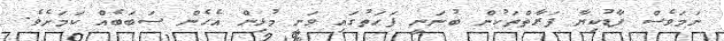
ނަމަވެސް ފާޑުކިޔާ ފަރާތްތަކުން ބުނަނީ ފަހަތުގައި ވަނީ މުޅިން އެހެން ސަބަބެއް ކަމަށެވެ.